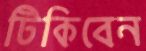
টিকিবেন